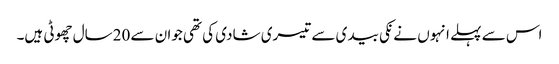
اس سے پہلے انہو ں نے نکی بیدی سے تیسری شادی کی تھی جوان سے 20سال چھوٹی ہیں۔